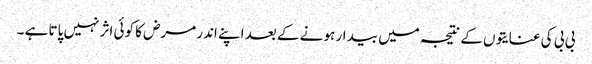
بی بی کی عنایتوں کے نتیجہ میں بیدار ہو نے کے بعد اپنے اندر مرض کا کوئی اثر نہیں پاتا ہے ۔